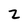
Character: z